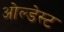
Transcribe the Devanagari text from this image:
ओल्डेस्ट